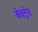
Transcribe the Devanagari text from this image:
बेक्ट्रेव